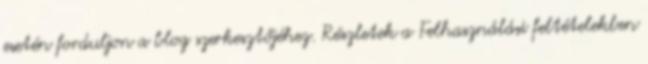
esetén forduljon a blog szerkesztőjéhez. Részletek a Felhasználási feltételekben